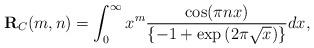
LaTeX: \begin{align*}\textbf{R}_{C}(m,n)=\int_{0}^{\infty}x^{m}\frac{\cos(\pi nx)}{\{-1+\exp{(2\pi\sqrt{x})}\}}dx,~~~~~~~~~~~~~~~~~~~~~~~~~~~~~~~~~~~~~~~~~~~~~~~~~~~~~~~~~~~~~~~~~~~~~~~~~~\end{align*}